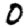
Digit: 0